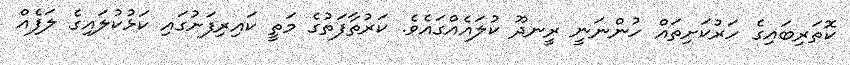
ކޮތަރިބައިގެ ހަރުކަށިތައް ހުންނަނީ ރީނދޫ ކުލައެއްގައެވެ. ކަރުތާފަތުގެ މަތީ ކައިރިފަށުގައި ކަޅުކުލައިގެ ލަފެއް